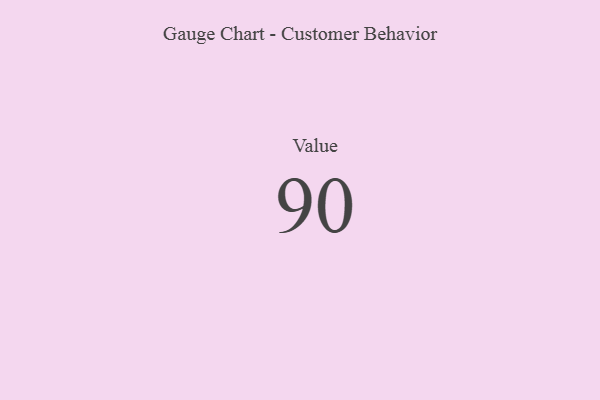
{"axis": {"x": "Metric", "y": "Value"}, "legend": [""], "data": [{"x": "Value", "y": 90, "type": ""}]}